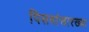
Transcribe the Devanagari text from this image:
पिसवांसारख्या